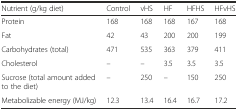
| Nutrient (g/kg diet) | Control | vHS | HF | HFHS | HFvHS |
 | --- | --- | --- | --- | --- | --- |
 | Protein | 168 | 168 | 168 | 167 | 168 |
 | Fat | 42 | 43 | 200 | 200 | 199 |
 | Carbohydrates (total) | 471 | 535 | 363 | 379 | 411 |
 | Cholesterol | – | – | 3.5 | 3.5 | 3.5 |
 | Sucrose (total amount added to the diet) | – | 250 | – | 150 | 250 |
 | Metabolizable energy (MJ/kg) | 12.3 | 13.4 | 16.4 | 16.7 | 17.2 |